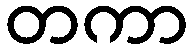
တကာ